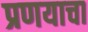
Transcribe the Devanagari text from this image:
प्रणयाचा